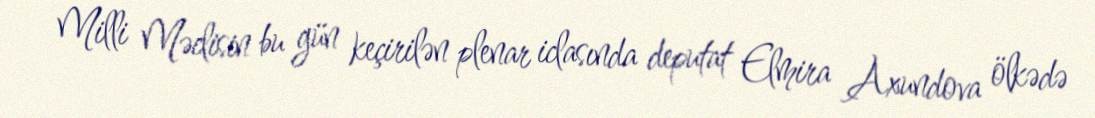
Milli Məclisin bu gün keçirilən plenar iclasında deputat Elmira Axundova ölkədə